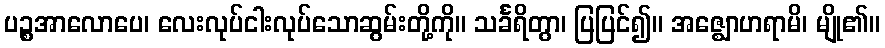
ပဉ္စအာလောပေ၊ လေးလုပ်ငါးလုပ်သောဆွမ်းတို့ကို။ သင်္ခရိတွာ၊ ပြပြင်၍။ အဇ္ဈောဟရာမိ၊ မျို၏။